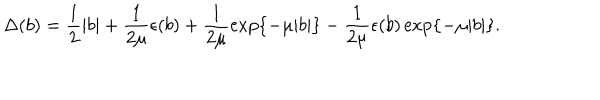
LaTeX: \Delta ( b ) = \frac { 1 } { 2 } \vert b \vert + \frac { 1 } { 2 \mu } \epsilon ( b ) + \frac { 1 } { 2 \mu } \exp \{ - \mu \vert b \vert \} - \frac { 1 } { 2 \mu } \epsilon ( b ) \exp \{ - \mu \vert b \vert \} .